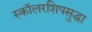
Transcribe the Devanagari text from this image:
स्कॉलरशिपसुद्धा